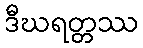
ဒီဃရတ္တဿ